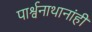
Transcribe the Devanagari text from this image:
पार्श्वनाथानांही